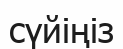
сүйіңіз